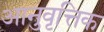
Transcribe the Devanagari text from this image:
आनुवृत्तिक